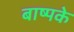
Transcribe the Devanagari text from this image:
बाष्पके